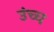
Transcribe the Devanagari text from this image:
उंच्च